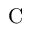
\mathrm { C }